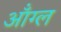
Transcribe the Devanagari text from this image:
ऑंग्ल